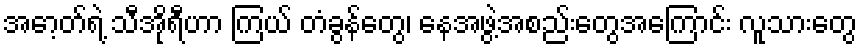
အော့တ်ရဲ့ သီအိုရီဟာ ကြယ် တံခွန်တွေ၊ နေအဖွဲ့အစည်းတွေအကြောင်း လူသားတွေ